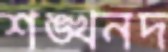
শঙ্খনদ